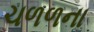
ચળળના